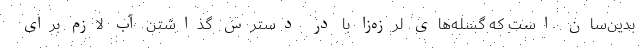
بدین‌سان است که گسله‌های لرزه‌زا با در دسترس گذاشتن آب لازم برای